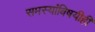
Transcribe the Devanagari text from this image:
समस्यांविषयीही